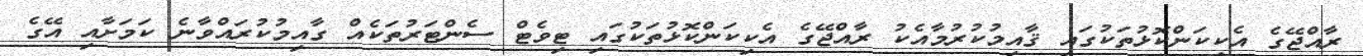
ރާއްޖޭގެ އެކިކަންކޮޅުތަކުގައި ޤާއިމުކުރުމާއެކު ރާއްޖޭގެ އެކިކަންކޮޅުތަކުގައި ޓިވެޓް ސެންޓަރުތަކެއް ގާއިމުކުރައްވާނެ ކަމަށާއި އޭގެ